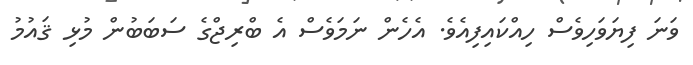
ވަނަ ފިޔަވަހިވެސް ހިއްކައިފިއެވެ. އެހެން ނަމަވެސް އެ ބްރިޖްގެ ސަބަބުން މުޅި ޤައުމު